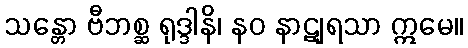
သန္တော ဗီဘစ္ဆ ရုဒ္ဒါနိ၊ နဝ နာဋျရသာ ဣမေ။